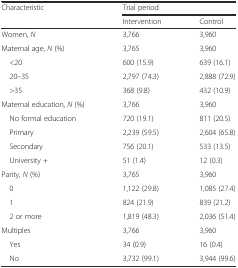
| <ROWSPAN=2> Characteristic | <COLSPAN=2> Trial period |
 | Intervention | Control |
 | --- | --- | --- |
 | Women, N | 3,766 | 3,960 |
 | Maternal age, N (%) | 3,765 | 3,960 |
 | <20 | 600 (15.9) | 639 (16.1) |
 | 20–35 | 2,797 (74.3) | 2,888 (72.9) |
 | >35 | 368 (9.8) | 432 (10.9) |
 | Maternal education, N (%) | 3,766 | 3,960 |
 | No formal education | 720 (19.1) | 811 (20.5) |
 | Primary | 2,239 (59.5) | 2,604 (65.8) |
 | Secondary | 756 (20.1) | 533 (13.5) |
 | University + | 51 (1.4) | 12 (0.3) |
 | Parity, N (%) | 3,765 | 3,960 |
 | 0 | 1,122 (29.8) | 1,085 (27.4) |
 | 1 | 824 (21.9) | 839 (21.2) |
 | 2 or more | 1,819 (48.3) | 2,036 (51.4) |
 | Multiples | 3,766 | 3,960 |
 | Yes | 34 (0.9) | 16 (0.4) |
 | No | 3,732 (99.1) | 3,944 (99.6) |